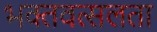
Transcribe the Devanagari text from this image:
भक्तवत्सलता